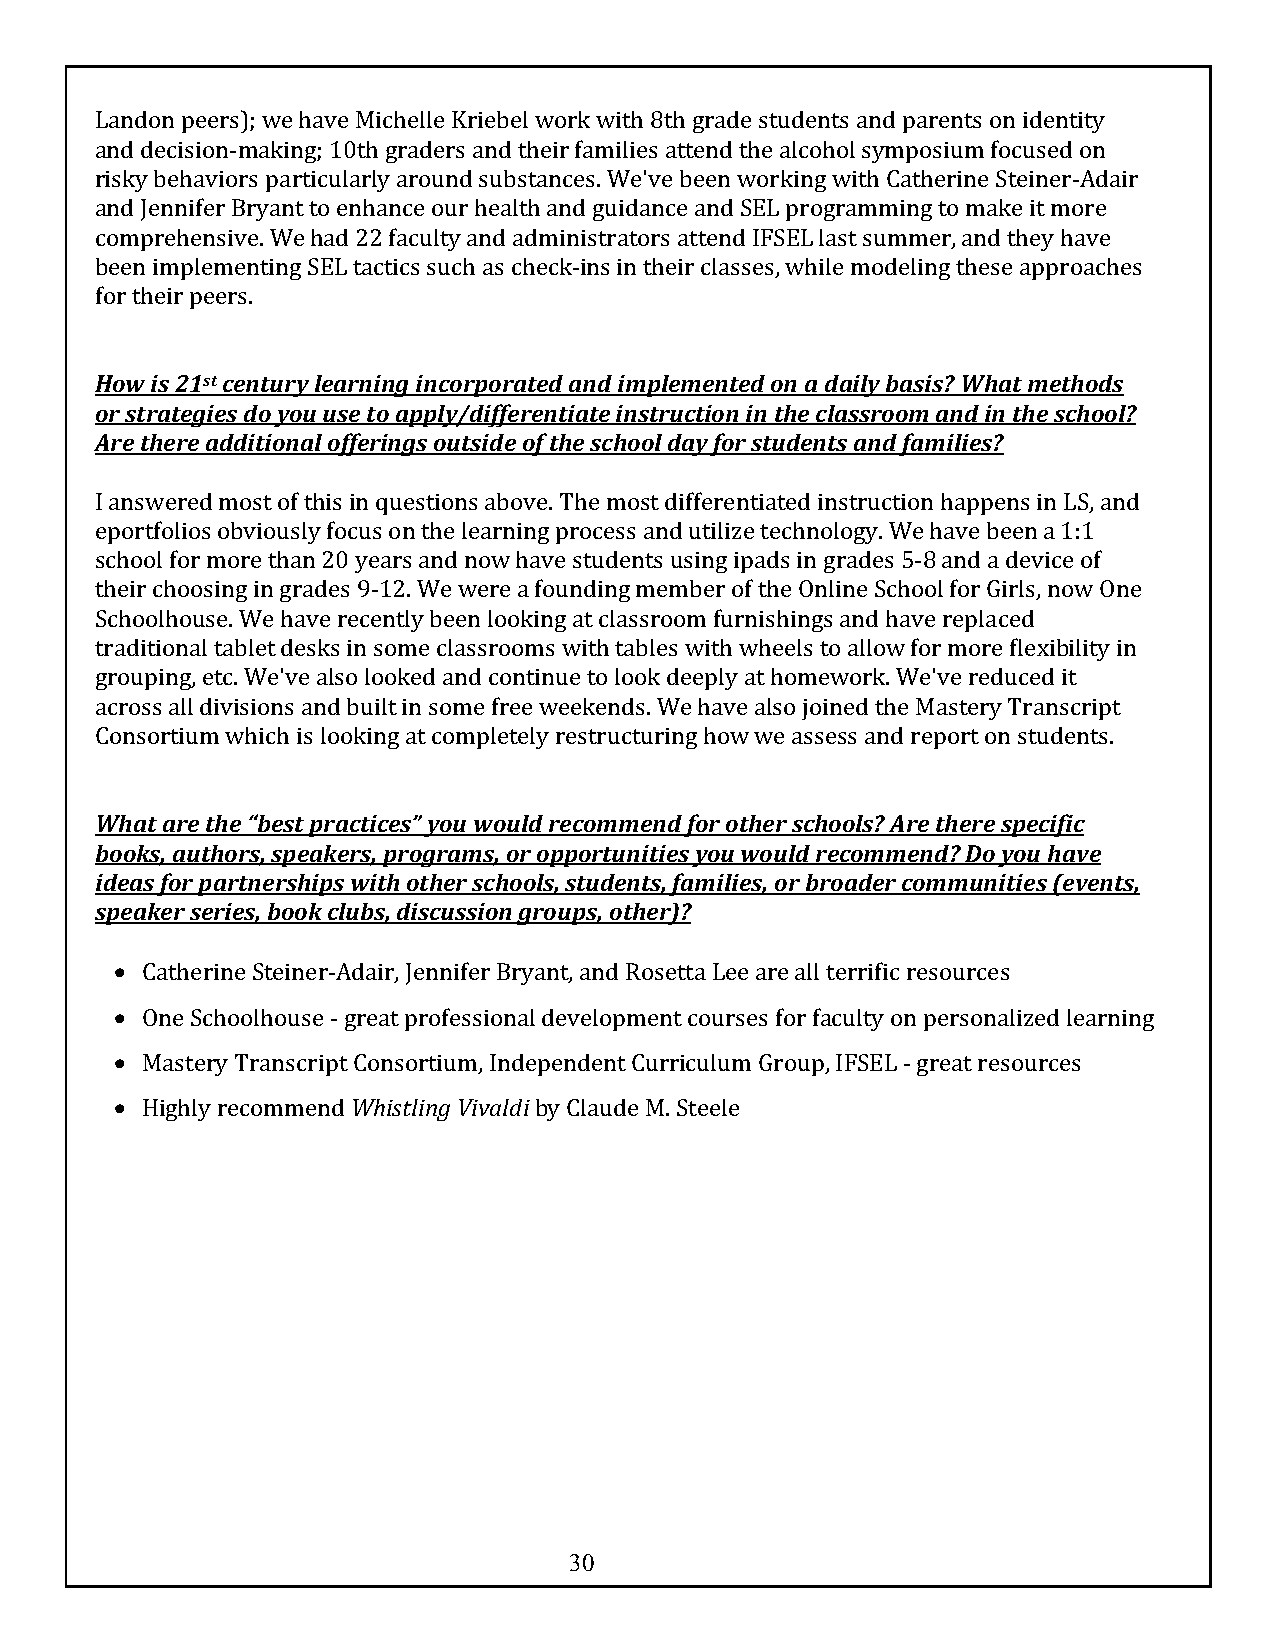
Landon peers); we have Michelle Kriebel work with 8th grade students and parents on identity
 and decision-making; 10th graders and their families attend the alcohol symposium focused on
 risky behaviors particularly around substances. We've been working with Catherine Steiner-Adair
 and Jennifer Bryant to enhance our health and guidance and SEL programming to make it more
 comprehensive. We had 22 faculty and administrators attend IFSEL last summer, and they have
 been implementing SEL tactics such as check-ins in their classes, while modeling these approaches
 for their peers.
 How is 21st century learning incorporated and implemented on a daily basis? What methods
 or strategies do you use to apply/differentiate instruction in the classroom and in the school?
 Are there additional offerings outside of the school day for students and families?
 I answered most of this in questions above. The most differentiated instruction happens in LS, and
 eportfolios obviously focus on the learning process and utilize technology. We have been a 1:1
 school for more than 20 years and now have students using ipads in grades 5-8 and a device of
 their choosing in grades 9-12. We were a founding member of the Online School for Girls, now One
 Schoolhouse. We have recently been looking at classroom furnishings and have replaced
 traditional tablet desks in some classrooms with tables with wheels to allow for more flexibility in
 grouping, etc. We've also looked and continue to look deeply at homework. We've reduced it
 across all divisions and built in some free weekends. We have also joined the Mastery Transcript
 Consortium which is looking at completely restructuring how we assess and report on students.
 What are the “best practices” you would recommend for other schools? Are there specific
 books, authors, speakers, programs, or opportunities you would recommend? Do you have
 ideas for partnerships with other schools, students, families, or broader communities (events,
 speaker series, book clubs, discussion groups, other)?
 • Catherine Steiner-Adair, Jennifer Bryant, and Rosetta Lee are all terrific resources
 • One Schoolhouse - great professional development courses for faculty on personalized learning
 • Mastery Transcript Consortium, Independent Curriculum Group, IFSEL - great resources
 • Highly recommend Whistling Vivaldi by Claude M. Steele
 30